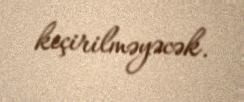
keçirilməyəcək.